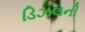
ડિઝલની